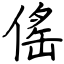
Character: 傜